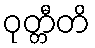
ဝုတ္တီတိ